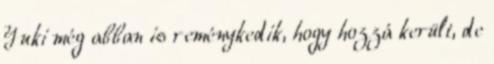
Yuki még abban is reménykedik, hogy hozzá került, de